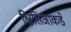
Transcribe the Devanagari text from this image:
क्षितिजाकडे